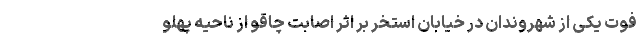
فوت یکی از شهروندان در خیابان استخر بر اثر اصابت چاقو از ناحیه پهلو